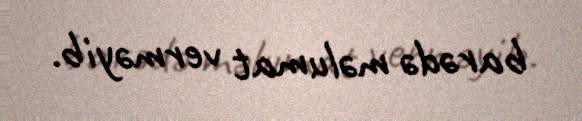
barədə məlumat verməyib.